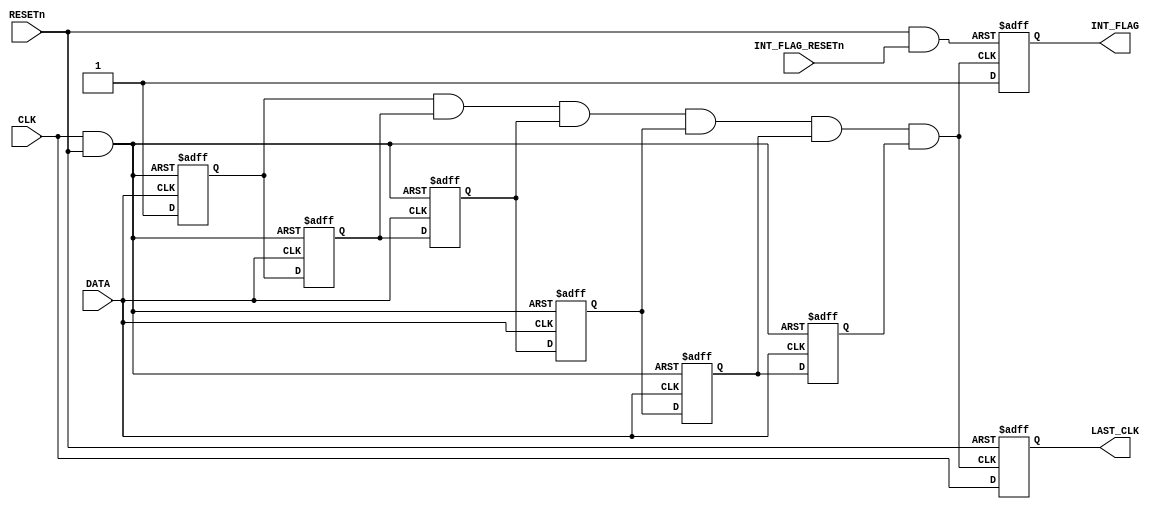
//*******************************************************************************************
//Description:    (Testbench) MBus CLK/DATA Swapper
//                    - Generates Data & Clock Flip Interrupt;
//                    - Maintains Last seen Clock State
//Update History: Mar 06 2013 - First Commit (Zhiyoong Foo)
//                May 21 2016 - Included in MBus r03 (Yejoong Kim)
//                Dec 16 2016 - Included in MBus r04 (Yejoong Kim)
//                Aug 23 2017 - Checked for mbus_testbench
//******************************************************************************************* 

module mbus_swapper_testbench (
    //Inputs
    input      CLK,
    input      RESETn,
    input      DATA,
    input      INT_FLAG_RESETn,
    //Outputs
    output reg LAST_CLK,
    output reg INT_FLAG
    );

    //Internal Declerations
    wire negp_reset;
    wire posp_reset;
    //Negative Phase Clock Resets
    reg  pose_negp_clk_0; //Positive Edge
    reg  nege_negp_clk_1; //Negative Edge
    reg  pose_negp_clk_2;
    reg  nege_negp_clk_3;
    reg  pose_negp_clk_4;
    reg  nege_negp_clk_5;
    wire negp_int;        //Negative Phase Interrupt
    //Interrupt Reset
    wire int_resetn;
 
    assign negp_reset = ~( CLK && RESETn);
    
    //////////////////////////////////////////
    // Interrupt Generation
    //////////////////////////////////////////
    
    //Negative Phase Clock Resets
    always @(posedge DATA or posedge negp_reset) begin
        if (negp_reset) begin
            pose_negp_clk_0 = 0;
            pose_negp_clk_2 = 0;
            pose_negp_clk_4 = 0;
        end
        else begin
            pose_negp_clk_0 = 1;
            pose_negp_clk_2 = nege_negp_clk_1;
            pose_negp_clk_4 = nege_negp_clk_3;
        end
    end
 
    always @(negedge DATA or posedge negp_reset) begin
        if (negp_reset) begin
            nege_negp_clk_1 = 0;
            nege_negp_clk_3 = 0;
            nege_negp_clk_5 = 0;
        end
        else begin
            nege_negp_clk_1 = pose_negp_clk_0;
            nege_negp_clk_3 = pose_negp_clk_2;
            nege_negp_clk_5 = pose_negp_clk_4;
        end
    end
 
    //Negative Phase Interrupt Generation
    assign negp_int = pose_negp_clk_0 && nege_negp_clk_1 &&
                      pose_negp_clk_2 && nege_negp_clk_3 &&
                      pose_negp_clk_4 && nege_negp_clk_5;
 
    //Interrupt Check & Clear
    assign int_resetn = RESETn && INT_FLAG_RESETn;
    
    always @(posedge negp_int or negedge int_resetn) begin
        if (~int_resetn) INT_FLAG = 0;
        else             INT_FLAG = 1;
    end
 
    //////////////////////////////////////////
    // Last Seen Clock
    //////////////////////////////////////////
 
    always @(posedge negp_int or negedge RESETn) begin
        if (~RESETn) LAST_CLK = 0;
        else         LAST_CLK = CLK;
    end
    
 endmodule // mbus_swapper_testbench